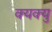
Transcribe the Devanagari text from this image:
क्यक्यु